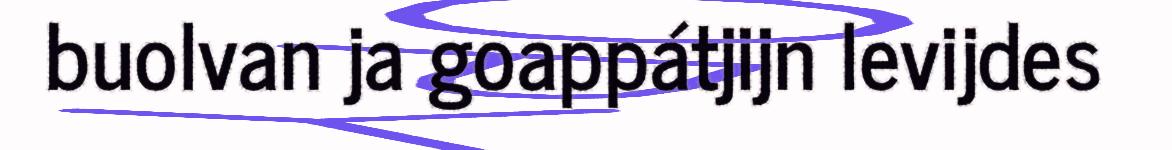
buolvan ja goappátjijn levijdes